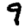
Digit: 9